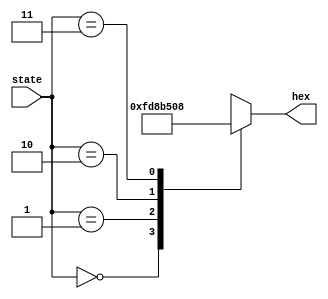
module hexdisp (state, hex);
	input [1:0] state;
	output reg [1:7] hex;
	
	always @(state)
	begin
		case(state)
			2'b00: hex = 7'b1111110;
			2'b01: hex = 7'b1100010;
			2'b10: hex = 7'b1101010;
			2'b11: hex = 7'b0001000;
		endcase
	end
endmodule